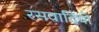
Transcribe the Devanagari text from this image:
रसवादियों